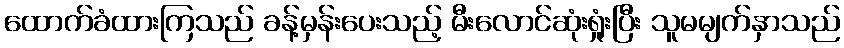
ထောက်ခံထားကြသည် ခန့်မှန်းပေးသည့် မီးလောင်ဆုံးရှုံးပြီး သူမမျက်နှာသည်